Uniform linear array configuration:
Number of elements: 24
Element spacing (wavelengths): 0.75
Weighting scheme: cosine
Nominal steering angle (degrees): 15
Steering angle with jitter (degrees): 14.157
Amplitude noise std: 0.05
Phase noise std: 0.05

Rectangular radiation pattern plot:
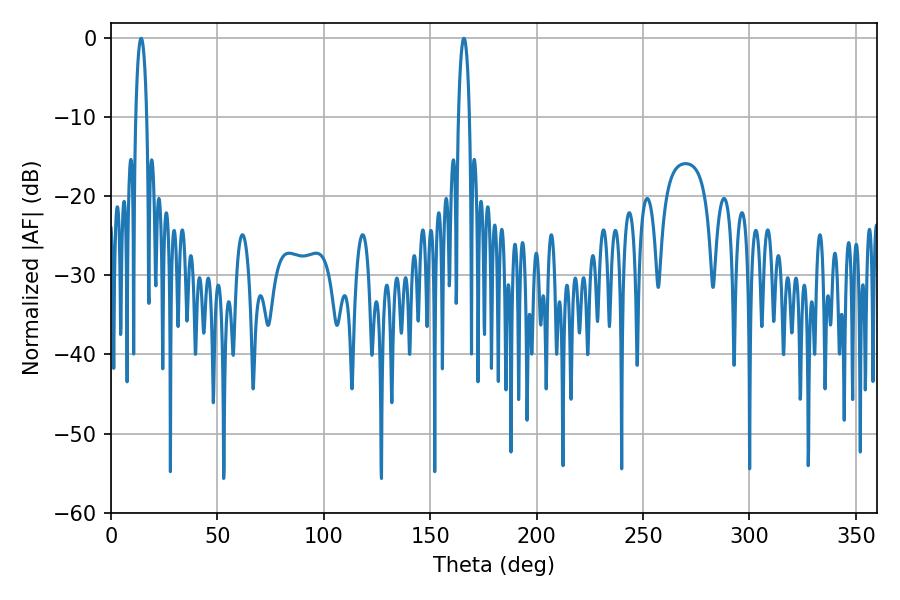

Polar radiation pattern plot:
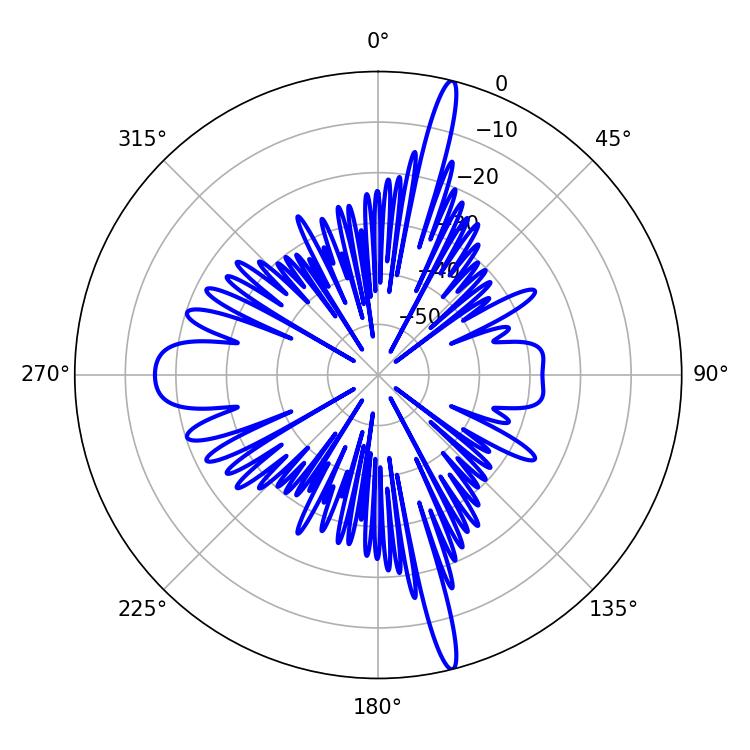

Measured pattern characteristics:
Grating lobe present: TRUE
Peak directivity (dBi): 20.119
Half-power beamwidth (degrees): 2.88
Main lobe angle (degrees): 14.22